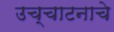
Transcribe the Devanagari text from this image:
उच्चाटनाचे